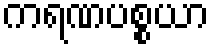
ကရဏပစ္စယာ